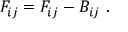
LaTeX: { \cal F } _ { i j } = F _ { i j } - B _ { i j } \ .